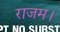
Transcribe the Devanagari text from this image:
राजम।